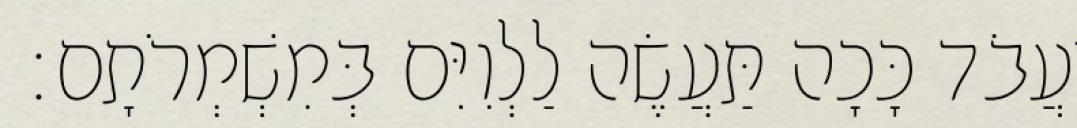
יַעֲבֹד כָּכָה תַּעֲשֶׂה לַלְוִיִּם בְּמִשְׁמְרֹתָם׃